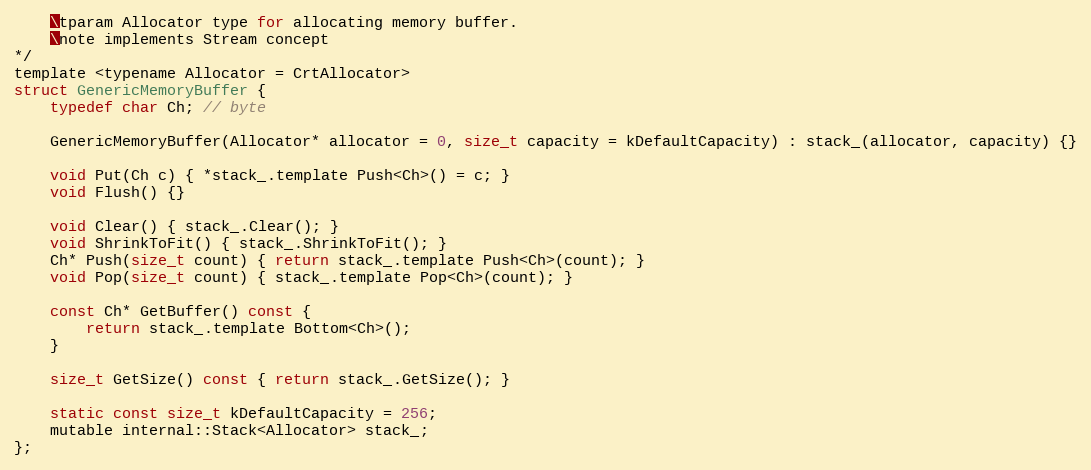
Language: C
    \tparam Allocator type for allocating memory buffer.
    \note implements Stream concept
*/
template <typename Allocator = CrtAllocator>
struct GenericMemoryBuffer {
    typedef char Ch; // byte

    GenericMemoryBuffer(Allocator* allocator = 0, size_t capacity = kDefaultCapacity) : stack_(allocator, capacity) {}

    void Put(Ch c) { *stack_.template Push<Ch>() = c; }
    void Flush() {}

    void Clear() { stack_.Clear(); }
    void ShrinkToFit() { stack_.ShrinkToFit(); }
    Ch* Push(size_t count) { return stack_.template Push<Ch>(count); }
    void Pop(size_t count) { stack_.template Pop<Ch>(count); }

    const Ch* GetBuffer() const {
        return stack_.template Bottom<Ch>();
    }

    size_t GetSize() const { return stack_.GetSize(); }

    static const size_t kDefaultCapacity = 256;
    mutable internal::Stack<Allocator> stack_;
};